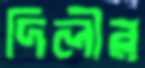
দিলীর